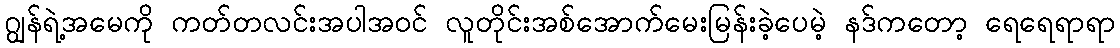
ဂျွန်ရဲ့အမေကို ကတ်တလင်းအပါအဝင် လူတိုင်းအစ်အောက်မေးမြန်းခဲ့ပေမဲ့ နဒ်ကတော့ ရေရေရာရာ